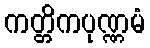
ကတ္တိကပုဏ္ဏမံ